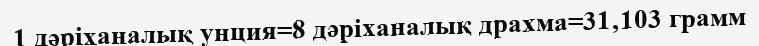
1 дәріханалық унция=8 дәріханалық драхма=31‚103 грамм